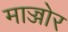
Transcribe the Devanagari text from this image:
माज्जोर